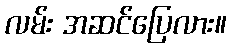
လမ်း အဆင်ပြေလား။